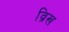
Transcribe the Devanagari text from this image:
व्रिख